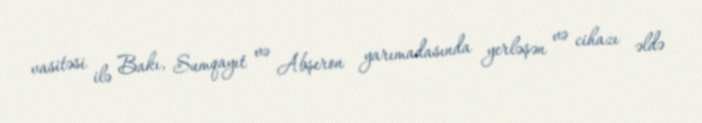
vasitəsi ilə Bakı, Sumqayıt və Abşeron yarımadasında yerləşən və cihazı əldə